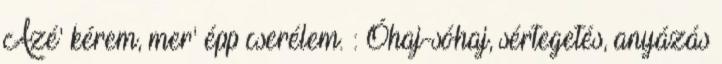
Azé' kérem, mer' épp cserélem. : Óhaj-sóhaj, sértegetés, anyázás